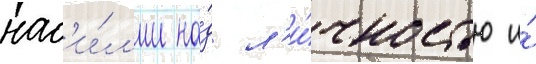
нас'и́л'ии на́д л'и́чностью и́